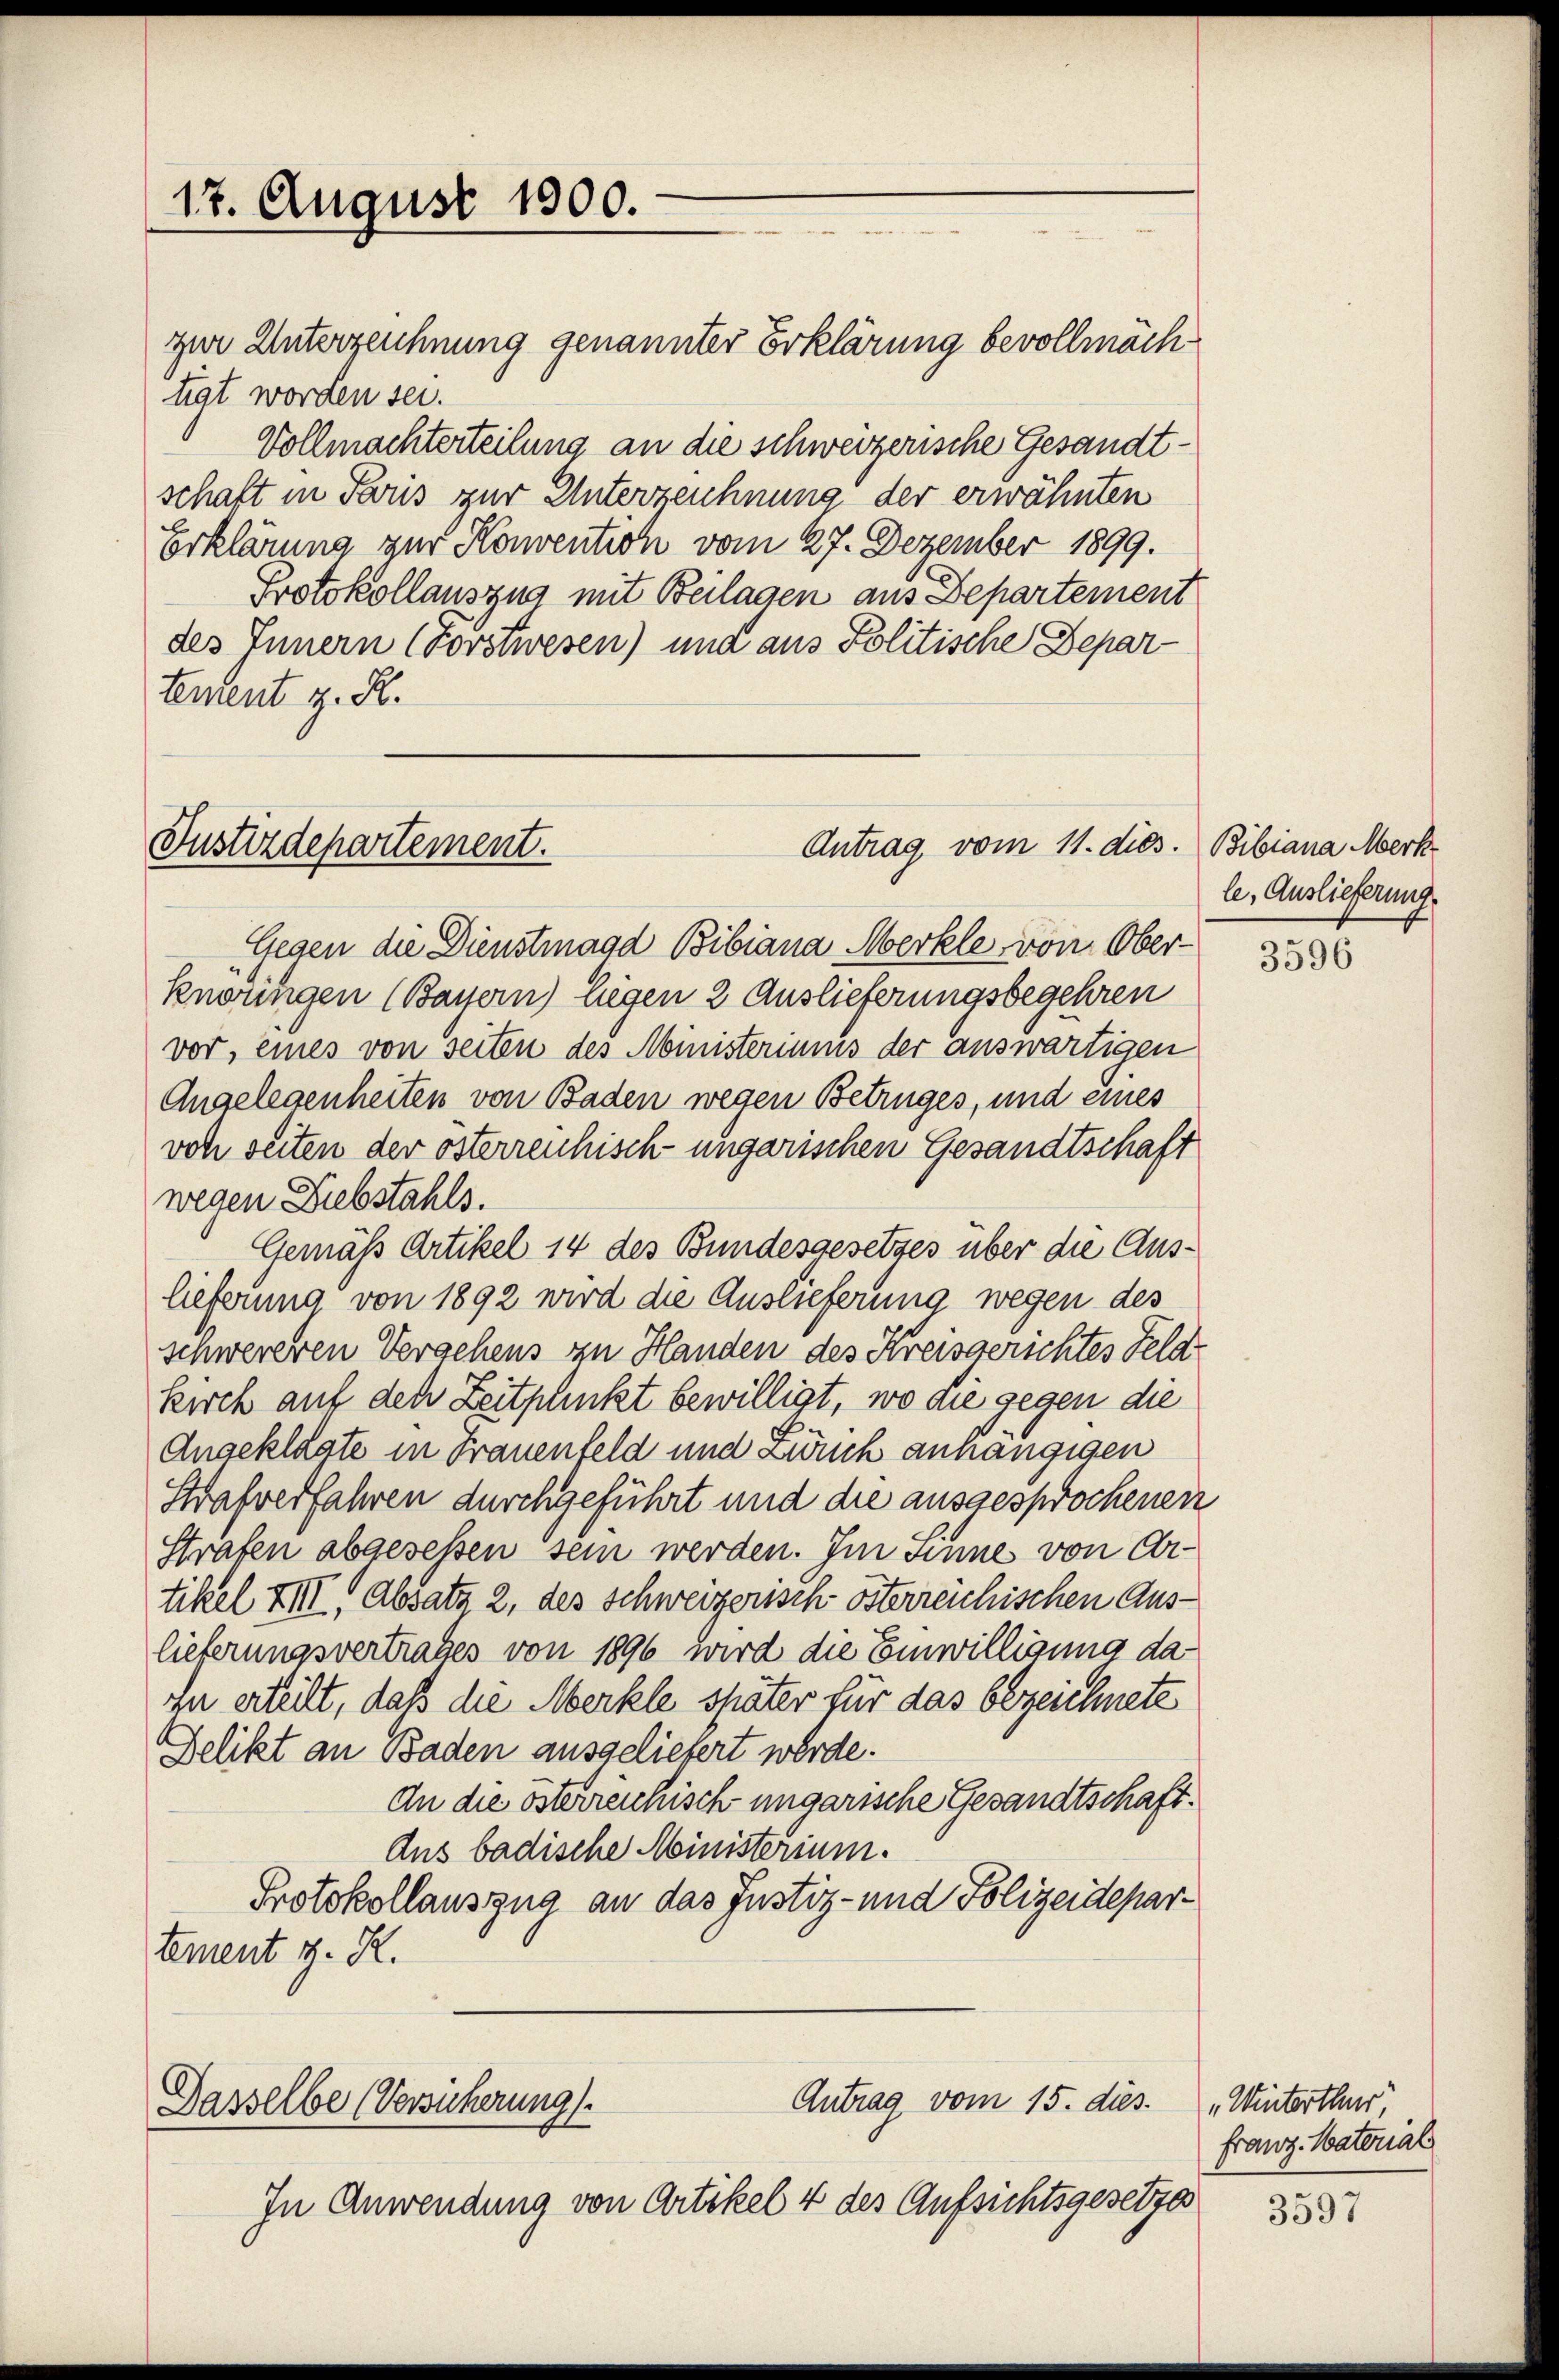
17. August 1900.

zur Unterzeichnung genannter Erklärung bevollmächtigt worden sei.
Vollmachterteilung an die schweizerische Gesandtschaft in Paris zur Unterzeichnung der erwähnten
Erklärung zur Konvention vom 27. Dezember 1899.
Protokollauszug mit Beilagen aus Departement
des Innern (Forstwesen) und aus Politische Departement z. R.

Antrag vom 11. dies. Bibiana Merk
Justizdepartement.

Antrag vom 15. dies
Gasselbe (Versicherung
In Anwendung von Artikel 4 des Aufsichtsgesetzes

Gegen die Dienstmagd Bibiana Merkle von Ober-
knörungen (Bayern) liegen 2 Auslieferungsbegehren
vor, eines von seiten des Ministeriums der auswärtigen
Angelegenheiten von Baden wegen Betruges, und eines
von seiten der österrenhisch-ungarischen Gesandtschaft
wegen Diebstahls.
Gemäss Artikel 14 des Bundesgesetzes über die Auslieferung von 1892 wird die Auslieferung wegen des
schwereren Vergehens zu Handen des Kreisgerichtes Feldkirch auf den Zeitpunkt bewilligt, wo die gegen die
Angeklagte in Frauenfeld und Zürch anhängigen
Strafverfahren durchgeführt und die ausgesprochenen
Strafen abgesessen sein werden. Im Sinne von Artikel XIII, Absatz 2, des Schweizerisch österreichischen Auslieferungsvertrages von 1896 wird die Einwilligung dazu erteilt, daß die Merkle später für das bezeichnete
Delikt an Baden ausgeliebert werde.
An die österreichisch ungarische Gesandtschaft¬
Ans badische Ministerium.
Protokollauszug an das Justiz- und Polizeidepartement z. R.

le. Auslieferung.

3596

„Winterthur,
franz. Material

3597